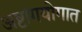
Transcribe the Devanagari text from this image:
अष्टांगयोगात